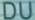
DU